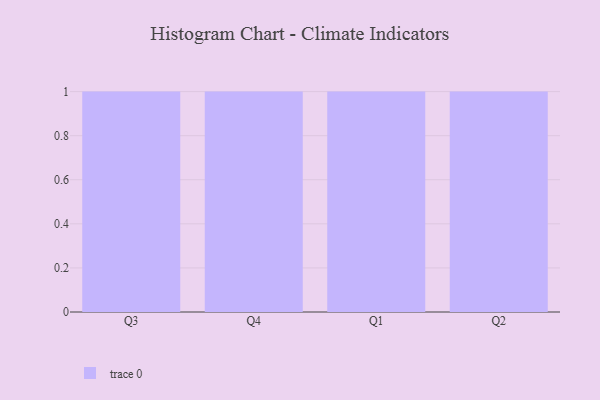
{"axis": {"x": "Quarter", "y": "Shipments"}, "legend": [""], "data": [{"x": "Q3", "y": 90, "type": ""}, {"x": "Q4", "y": 61, "type": ""}, {"x": "Q1", "y": 38, "type": ""}, {"x": "Q2", "y": 90, "type": ""}]}